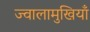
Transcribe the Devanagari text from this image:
ज्वालामुखियाँ